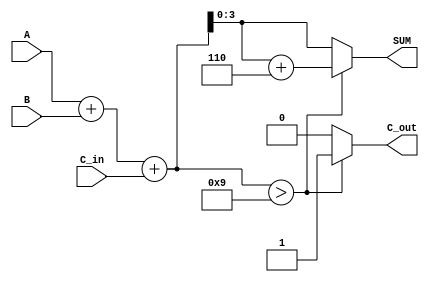
module BCD_Adder (
    input  [3:0] A,      // First BCD digit
    input  [3:0] B,      // Second BCD digit
    input        C_in,    // Carry input
    output [3:0] SUM,     // BCD sum output
    output       C_out     // Carry output
);

    wire [4:0] R;        // 5-bit result of A + B + C_in
    wire [4:0] corrected_sum; // Corrected sum after BCD adjustment

    // Step 1: Binary addition
    assign R = A + B + C_in;

    // Step 2: Check if correction is needed
    assign corrected_sum = (R > 9) ? (R + 5'd6) : R;

    // Step 3: Assign the BCD SUM and C_out
    assign SUM = corrected_sum[3:0]; // Take the lower 4 bits for BCD result
    assign C_out = (R > 9) ? 1'b1 : 1'b0; // Set carry out if R > 9

endmodule